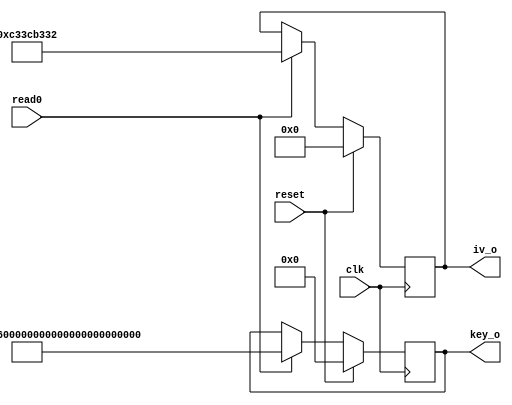
module reg_k_iv_stream(read0,clk,reset,key_o,iv_o);

//input [146:0]key_i;
//input [31:0]iv_i;

input read0,clk,reset;
output reg [146:0]key_o;
output reg [31:0]iv_o;


always@(posedge clk)
begin
  if(reset)
    begin
      key_o= 147'd0;
      iv_o= 32'd0;

    end

else if(read0)
    begin
      key_o=147'b00011_11000_01100_01100_11110000101010100101001010010100_1100001111001001001100110000111_11111100000000110011000101110001_11100100000000110011000011110001;
      iv_o=32'b11000011001111001011001100110010;
    end


end
endmodule